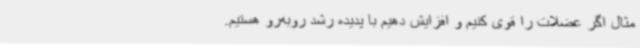
مثال اگر عضلات را قوی کنیم و افزایش دهیم با پدیده رشد روبه‌رو هستیم.